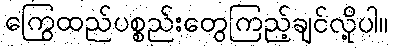
ကြွေထည်ပစ္စည်းတွေကြည့်ချင်လို့ပါ။